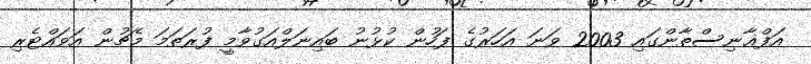
އަފްޣާނިސްތާންގައި 2003 ވަނަ އަހަރުގެ ފަހުން ކުޅުނު ބައިނަލްއަގުވާމީ ފުރަތަމަ މެޗުން އަވައްޓެރި